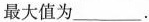
最大值为___。